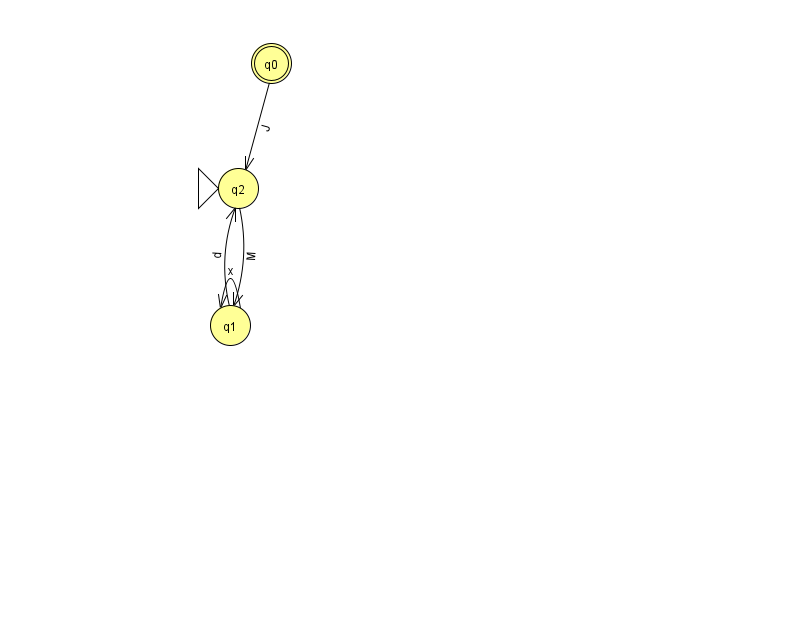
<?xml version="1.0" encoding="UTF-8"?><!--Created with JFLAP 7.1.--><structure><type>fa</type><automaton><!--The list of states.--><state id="0" name="q0"><x>271.0</x><y>50.0</y><final/></state><state id="1" name="q1"><x>230.0</x><y>312.0</y></state><state id="2" name="q2"><x>238.0</x><y>175.0</y><initial/></state><!--The list of transitions.--><transition><from>0</from><to>2</to><read>J</read></transition><transition><from>1</from><to>2</to><read>d</read></transition><transition><from>1</from><to>1</to><read>x</read></transition><transition><from>2</from><to>1</to><read>M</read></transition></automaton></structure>